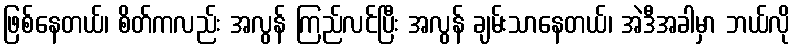
ဖြစ်နေတယ်၊ စိတ်ကလည်း အလွန် ကြည်လင်ပြီး အလွန် ချမ်းသာနေတယ်၊ အဲဒီအခါမှာ ဘယ်လို